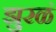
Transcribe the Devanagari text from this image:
झुरळं